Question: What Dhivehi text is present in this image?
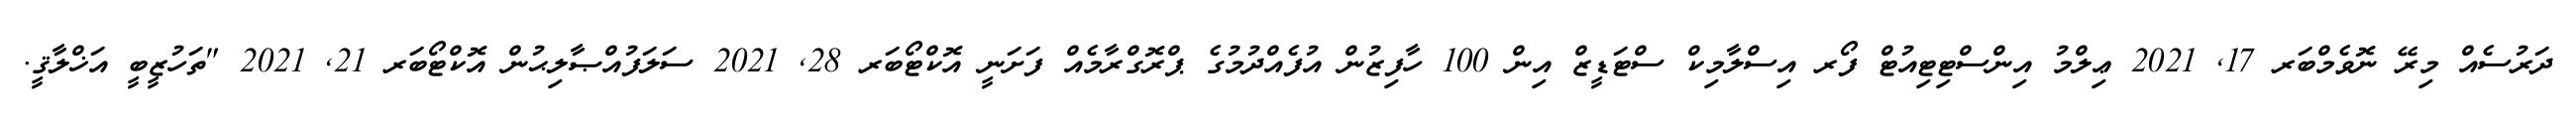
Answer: ދަރުސެއް މިރޭ ނޮވެމްބަރ 17, 2021 ޢިލްމު އިންސްޓިޓިއުޓް ފޯރ އިސްލާމިކް ސްޓަޑީޒް އިން 100 ހާފިޒުން އުފެއްދުމުގެ ޕްރޮގްރާމެއް ފަށަނީ އޮކްޓޯބަރ 28, 2021 ސަލަފުއްޞާލިޙުން އޮކްޓޯބަރ 21, 2021 "ތަހުޒީބީ އަޚްލާޤީ.